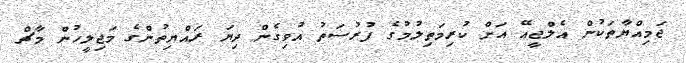
ޖަމިއްޔާތަކުން އެލްޖީއޭ އަށް ކުރިމަތިލުމުގެ ފުރުސަތު އުވިގެން ދިޔަ ރައްޔިތުންގެ މަޖިލީހުން މާޗް